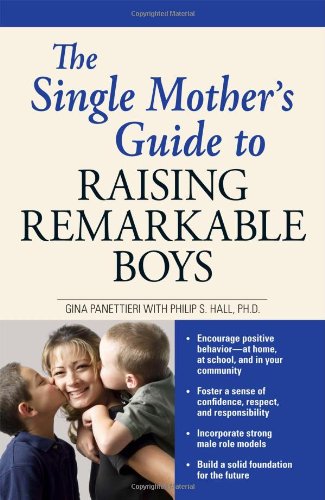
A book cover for The Single Mother's Guide to Raising Remarkable Boys; Gina Panettieri; Parenting & Relationships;